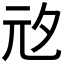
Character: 𭀞